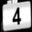
Digit: 4